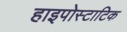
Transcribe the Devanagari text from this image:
हाइपोस्टाटिक